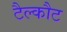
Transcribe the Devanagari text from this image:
टैल्कौट